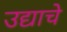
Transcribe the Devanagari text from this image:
उद्याचे